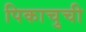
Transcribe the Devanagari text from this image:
पिकाचुची